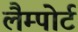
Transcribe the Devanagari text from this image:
लैम्पोर्ट